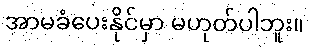
အာမခံပေးနိုင်မှာ မဟုတ်ပါဘူး။